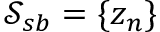
\mathcal { S } _ { s b } = \{ { z } _ { n } \}